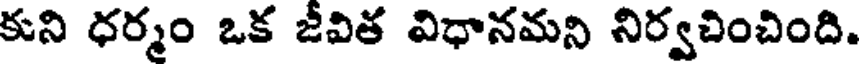
కుని ధర్మం ఒక జీవిత విధానమని నిర్వచించింది.